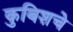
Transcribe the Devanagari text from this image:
कुबिशचे